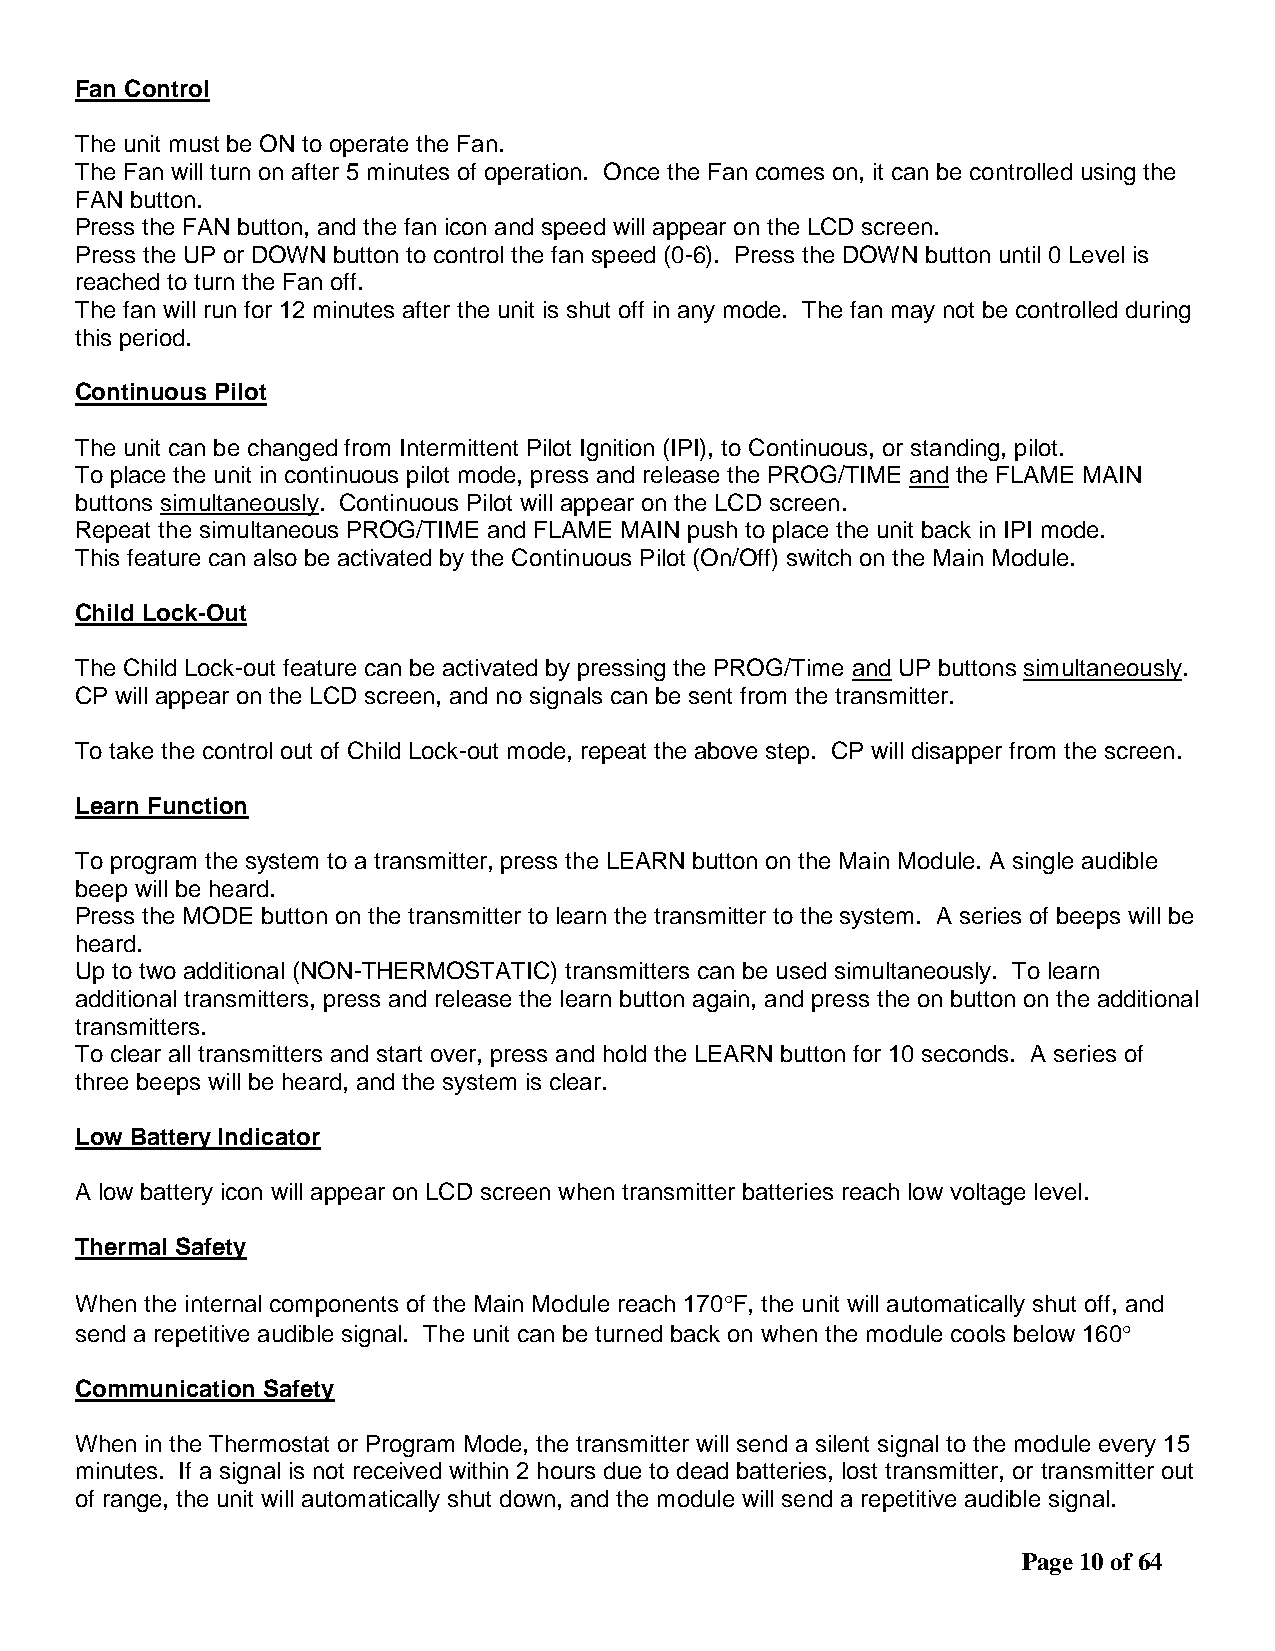
Fan Control
 The unit must be ON to operate the Fan.
 The Fan will turn on after 5 minutes of operation. Once the Fan comes on, it can be controlled using the
 FAN button.
 Press the FAN button, and the fan icon and speed will appear on the LCD screen.
 Press the UP or DOWN button to control the fan speed (0-6). Press the DOWN button until 0 Level is
 reached to turn the Fan off.
 The fan will run for 12 minutes after the unit is shut off in any mode. The fan may not be controlled during
 this period.
 Continuous Pilot
 The unit can be changed from Intermittent Pilot Ignition (IPI), to Continuous, or standing, pilot.
 To place the unit in continuous pilot mode, press and release the PROG/TIME and the FLAME MAIN
 buttons simultaneously. Continuous Pilot will appear on the LCD screen.
 Repeat the simultaneous PROG/TIME and FLAME MAIN push to place the unit back in IPI mode.
 This feature can also be activated by the Continuous Pilot (On/Off) switch on the Main Module.
 Child Lock-Out
 The Child Lock-out feature can be activated by pressing the PROG/Time and UP buttons simultaneously.
 CP will appear on the LCD screen, and no signals can be sent from the transmitter.
 To take the control out of Child Lock-out mode, repeat the above step. CP will disapper from the screen.
 Learn Function
 To program the system to a transmitter, press the LEARN button on the Main Module. A single audible
 beep will be heard.
 Press the MODE button on the transmitter to learn the transmitter to the system. A series of beeps will be
 heard.
 Up to two additional (NON-THERMOSTATIC) transmitters can be used simultaneously. To learn
 additional transmitters, press and release the learn button again, and press the on button on the additional
 transmitters.
 To clear all transmitters and start over, press and hold the LEARN button for 10 seconds. A series of
 three beeps will be heard, and the system is clear.
 Low Battery Indicator
 A low battery icon will appear on LCD screen when transmitter batteries reach low voltage level.
 Thermal Safety
 When the internal components of the Main Module reach 170F, the unit will automatically shut off, and
 send a repetitive audible signal. The unit can be turned back on when the module cools below 160
 Communication Safety
 When in the Thermostat or Program Mode, the transmitter will send a silent signal to the module every 15
 minutes. If a signal is not received within 2 hours due to dead batteries, lost transmitter, or transmitter out
 of range, the unit will automatically shut down, and the module will send a repetitive audible signal.
 Page 10 of 64